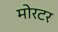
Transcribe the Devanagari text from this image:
मोरटर